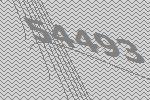
54493